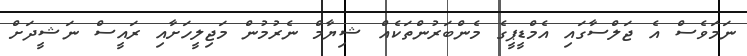
ނަމަވެސް އެ ޖަލްސާގައި އެމްޑީޕީގެ މެންބަރުންތަކެއް ޝިޔާމް ނެރުމުން މަޖިލީހަށާއި ރައީސް ނަޝީދަށް